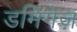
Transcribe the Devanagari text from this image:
डमिंगेज़